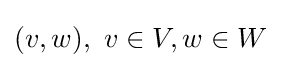
(v,w),\ v\in V,w\in W